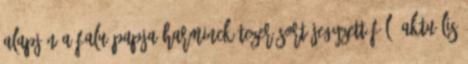
alapján a falu papja harminckétezer sort jegyzett föl. Aktuális